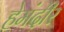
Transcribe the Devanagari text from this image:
हेमंदीर